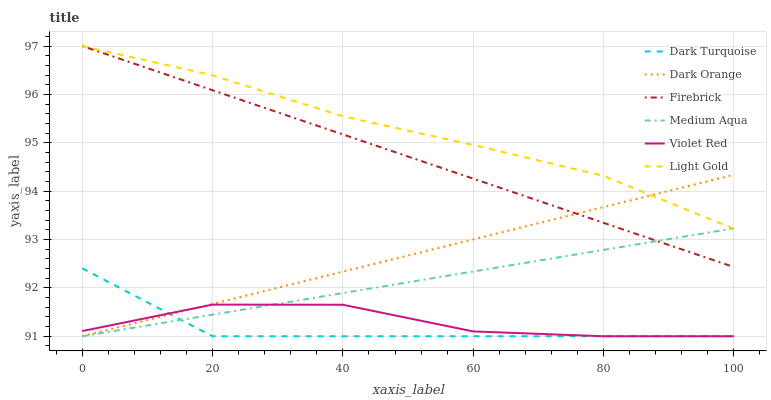
| xaxis_label | Dark Turquoise | Dark Orange | Firebrick | Medium Aqua | Violet Red | Light Gold |
 | --- | --- | --- | --- | --- | --- | --- |
 | 0 | 92.4 | 91 | 97 | 91 | 91.1 | 97 |
 | 20 | 91 | 91.7 | 96.1 | 91.4 | 91.7 | 96.4 |
 | 40 | 91 | 92.3 | 95.2 | 91.9 | 91.7 | 95.5 |
 | 60 | 91 | 93 | 94.3 | 92.3 | 91.1 | 95 |
 | 80 | 91 | 93.7 | 93.3 | 92.8 | 91 | 94.3 |
 | 100 | 91 | 94.3 | 92.4 | 93.2 | 91 | 93.2 |